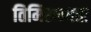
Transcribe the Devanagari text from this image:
तिमिरान्धता